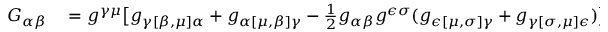
\begin{array} { r l } { G _ { \alpha \beta } } & { { } = g ^ { \gamma \mu } { \bigl [ } g _ { \gamma [ \beta , \mu ] \alpha } + g _ { \alpha [ \mu , \beta ] \gamma } - { \frac { 1 } { 2 } } g _ { \alpha \beta } g ^ { \epsilon \sigma } ( g _ { \epsilon [ \mu , \sigma ] \gamma } + g _ { \gamma [ \sigma , \mu ] \epsilon } ) { \bigr ] } } \end{array}